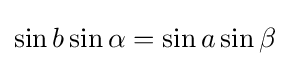
\sin b\sin \alpha =\sin a\sin \beta